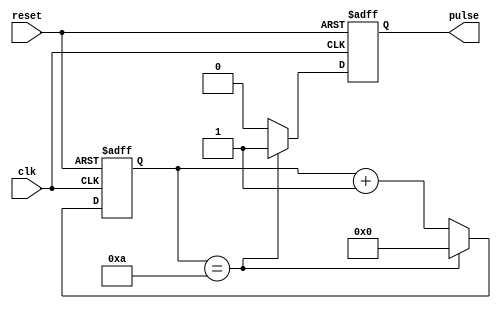
module RisingEdgePulseGenerator (
    input wire clk,
    input wire reset,
    output reg pulse
);

parameter THRESHOLD = 10; // Predefined threshold value

reg [7:0] counter;

always @(posedge clk or posedge reset) begin
    if (reset) begin
        counter <= 0;
        pulse <= 0;
    end
    else begin
        if (counter == THRESHOLD) begin
            pulse <= 1;
            counter <= 0;
        end
        else begin
            pulse <= 0;
            counter <= counter + 1;
        end
    end
end

endmodule